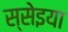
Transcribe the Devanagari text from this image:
स्सेइया